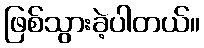
ဖြစ်သွားခဲ့ပါတယ်။